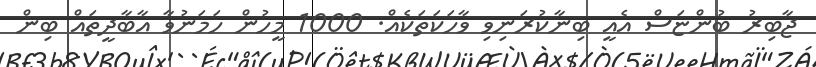
ޖާބިރު ބުންޏަސް އެއީ ބިނާކުރަނިވި ވާހަކަތަކެއް. 1000 މީހުން ހަމަނުވާ އާބާދީތައް ބިން